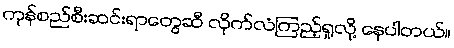
ကုန်စည်စီးဆင်းရာတွေဆီ လိုက်လံကြည့်ရှုလို့ နေပါတယ်။